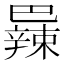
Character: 𫶼